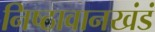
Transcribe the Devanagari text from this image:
निष्ठावानखंडं